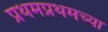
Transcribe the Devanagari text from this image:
प्रथमप्रथमच्या